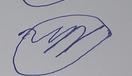
Signature authenticity: forged